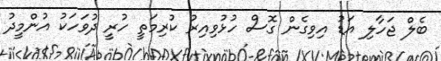
ބެލް ޖަހާލި އަޑު އިވިގެން ގޮސް ހުޅުވިއިރު ކުރިމަތީ ހުރީ ދުވަހަކު އުންމީދު